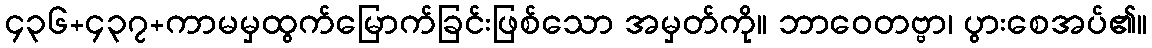
၄၃၆+၄၃၇+ကာမမှထွက်မြောက်ခြင်းဖြစ်သော အမှတ်ကို။ ဘာဝေတဗ္ဗာ၊ ပွားစေအပ်၏။